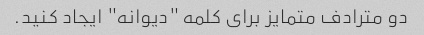
دو مترادف متمایز برای کلمه "دیوانه" ایجاد کنید.